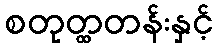
စတုတ္ထတန်းနှင့်